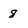
Character: 8